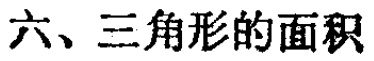
六、三角形的面积